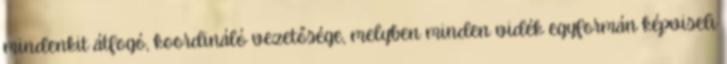
mindenkit átfogó, koordináló vezetősége, melyben minden vidék egyformán képviseli